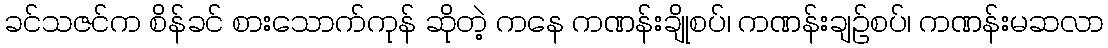
ခင်သဇင်က စိန်ခင် စားသောက်ကုန် ဆိုတဲ့ ကနေ ကဏန်းချိုစပ်၊ ကဏန်းချဉ်စပ်၊ ကဏန်းမဆလာ